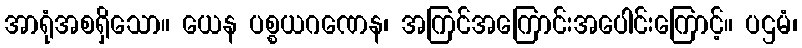
အာရုံအစရှိသော။ ယေန ပစ္စယဂဏေန၊ အကြင်အကြောင်းအပေါင်းကြောင့်။ ပဌမံ၊